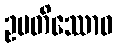
ဥပတိဿောဝ